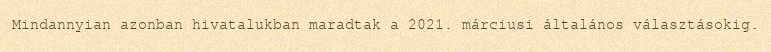
Mindannyian azonban hivatalukban maradtak a 2021. márciusi általános választásokig.